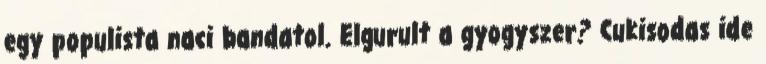
egy populista naci bandatol. Elgurult a gyogyszer? Cukisodas ide